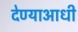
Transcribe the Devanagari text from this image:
देण्याआधी